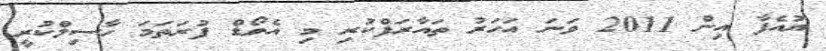
ޔުއެފާ އިން 2011 ވަނަ އަހަރު ތައާރަފްކުރި މި އެވޯޑް ފުރަތަމަ ހާސިލްކުރީ